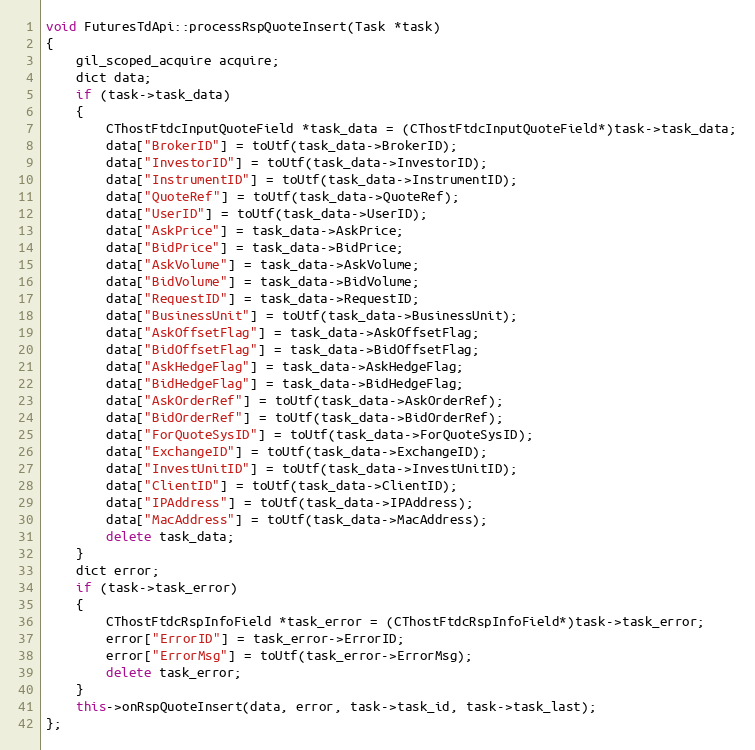
Language: C++
void FuturesTdApi::processRspQuoteInsert(Task *task)
{
	gil_scoped_acquire acquire;
	dict data;
	if (task->task_data)
	{
		CThostFtdcInputQuoteField *task_data = (CThostFtdcInputQuoteField*)task->task_data;
		data["BrokerID"] = toUtf(task_data->BrokerID);
		data["InvestorID"] = toUtf(task_data->InvestorID);
		data["InstrumentID"] = toUtf(task_data->InstrumentID);
		data["QuoteRef"] = toUtf(task_data->QuoteRef);
		data["UserID"] = toUtf(task_data->UserID);
		data["AskPrice"] = task_data->AskPrice;
		data["BidPrice"] = task_data->BidPrice;
		data["AskVolume"] = task_data->AskVolume;
		data["BidVolume"] = task_data->BidVolume;
		data["RequestID"] = task_data->RequestID;
		data["BusinessUnit"] = toUtf(task_data->BusinessUnit);
		data["AskOffsetFlag"] = task_data->AskOffsetFlag;
		data["BidOffsetFlag"] = task_data->BidOffsetFlag;
		data["AskHedgeFlag"] = task_data->AskHedgeFlag;
		data["BidHedgeFlag"] = task_data->BidHedgeFlag;
		data["AskOrderRef"] = toUtf(task_data->AskOrderRef);
		data["BidOrderRef"] = toUtf(task_data->BidOrderRef);
		data["ForQuoteSysID"] = toUtf(task_data->ForQuoteSysID);
		data["ExchangeID"] = toUtf(task_data->ExchangeID);
		data["InvestUnitID"] = toUtf(task_data->InvestUnitID);
		data["ClientID"] = toUtf(task_data->ClientID);
		data["IPAddress"] = toUtf(task_data->IPAddress);
		data["MacAddress"] = toUtf(task_data->MacAddress);
		delete task_data;
	}
	dict error;
	if (task->task_error)
	{
		CThostFtdcRspInfoField *task_error = (CThostFtdcRspInfoField*)task->task_error;
		error["ErrorID"] = task_error->ErrorID;
		error["ErrorMsg"] = toUtf(task_error->ErrorMsg);
		delete task_error;
	}
	this->onRspQuoteInsert(data, error, task->task_id, task->task_last);
};